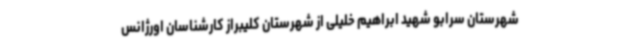
شهرستان سرابو شهید ابراهیم خلیلی از شهرستان کلیبراز کارشناسان اورژانس